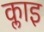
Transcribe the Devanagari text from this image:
क्लाइ